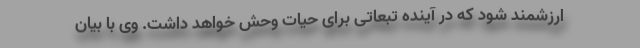
ارزشمند شود که در آینده تبعاتی برای حیات وحش خواهد داشت. وی با بیان